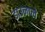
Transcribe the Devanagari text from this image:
डाउनप्ले